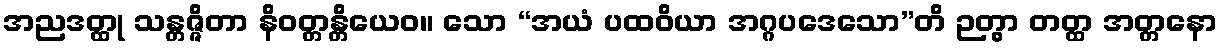
အညဒတ္ထု သန္တဇ္ဇိတာ နိဝတ္တန္တိယေဝ။ သော “အယံ ပထဝိယာ အဂ္ဂပဒေသော”တိ ဉတွာ တတ္ထ အတ္တနော